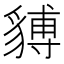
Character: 𧳵